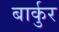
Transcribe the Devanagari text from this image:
बार्कुर